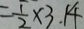
= \frac { 1 } { 2 } \times 3 . 1 4